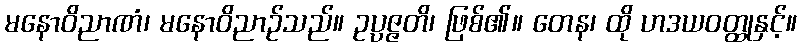
မနောဝိညာဏံ၊ မနောဝိညာဉ်သည်။ ဥပ္ပဇ္ဇတိ၊ ဖြစ်၏။ တေန၊ ထို ဟဒယဝတ္ထုနှင့်။